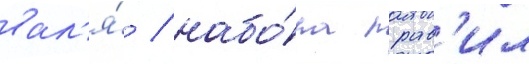
вал'я́ / набо́ра прав'ил